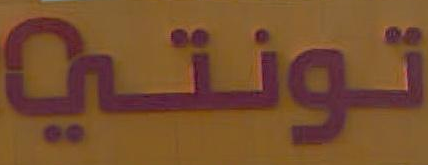
تونتي